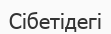
Сібетідегі